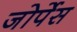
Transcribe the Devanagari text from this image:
जोर्पेस